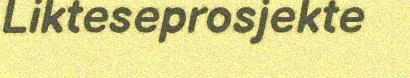
Likteseprosjekte